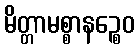
မိတ္တာမစ္စာနဉ္စေဝ